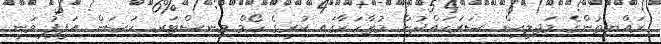
ރައްޔިތުންގެ މަޖިލީސް ސަރަހައްދުން މުޒާހަރާގައި ކުރީގެ ހޯމް މިނިސްޓަރ ހަސަން އަފީފު ވަނީ